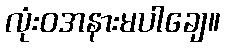
လုံးဝအနားမပါချေ။